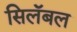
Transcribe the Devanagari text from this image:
सिलॅबल